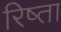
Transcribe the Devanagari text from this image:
रिष्ता